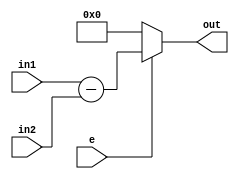
module dif(input[3:0] in1, in2,
	   input e,
	   output reg[3:0] out);

always @(*)		
	if (e) out = in1 - in2;
	else out = 0;

endmodule